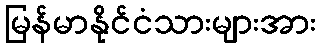
မြန်မာနိုင်ငံသားများအား